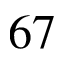
6 7